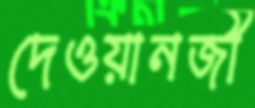
দেওয়ানজী